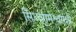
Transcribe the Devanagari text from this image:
सिध्दरामेश्वरांशी